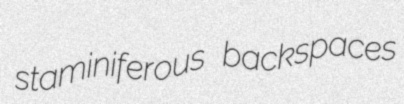
staminiferous backspaces